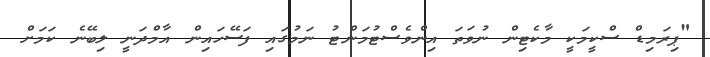
"ޕިރަމިޑް ސްކީމަކީ މާކެޓިން ނުވަތަ އިންވެސްޓުމަންޓު ނަމުގައި ފަސޭހައިން އާމްދަނީ ލިބޭނެ ކަމަށް